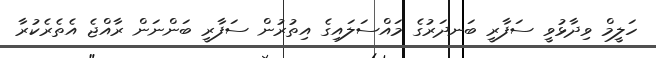
ހަލީމް ވިދާޅުވީ ސަފާރީ ބަނދަރުގެ މައްސަލައިގެ އިތުރުން ސަފާރީ ބަންނަން ރާއްޖެ އެތެރެކުރާ